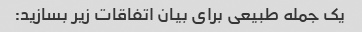
یک جمله طبیعی برای بیان اتفاقات زیر بسازید: